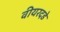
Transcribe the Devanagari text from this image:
वीयरदडे